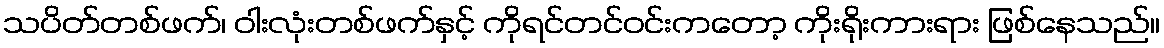
သပိတ်တစ်ဖက်၊ ဝါးလုံးတစ်ဖက်နှင့် ကိုရင်တင်ဝင်းကတော့ ကိုးရိုးကားရား ဖြစ်နေသည်။